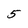
Character: 5